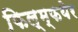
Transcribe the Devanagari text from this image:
फिल्म्फयेर